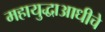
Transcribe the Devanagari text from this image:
महायुद्धाआधीचे